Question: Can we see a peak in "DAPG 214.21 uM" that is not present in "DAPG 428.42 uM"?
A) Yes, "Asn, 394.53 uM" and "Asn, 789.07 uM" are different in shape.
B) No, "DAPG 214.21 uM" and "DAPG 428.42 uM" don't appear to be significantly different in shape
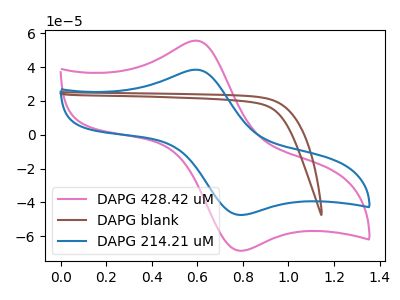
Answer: <think>The pink curve "DAPG 428.42 uM" has an anodic peak at (0.60V, 55.70uA) and a cathodic peak at (0.80V, -68.70uA). The brown curve "DAPG blank" has no peaks. The blue curve "DAPG 214.21 uM" has an anodic peak at (0.60V, 38.50uA) and a cathodic peak at (0.80V, -47.50uA).
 All the peaks in "DAPG 214.21 uM" have a peak in "DAPG 428.42 uM" at the same potential. Every peak in "DAPG 214.21 uM" is lower than every peak in "DAPG 428.42 uM".</think>
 <answer>B) No, "DAPG 214.21 uM" and "DAPG 428.42 uM" don't appear to be significantly different in shape</answer>
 <eval>B</eval>